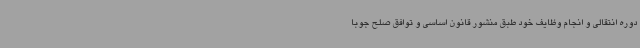
دوره انتقالی و انجام وظایف خود طبق منشور قانون اساسی و توافق صلح جوبا